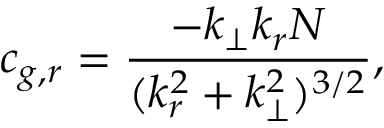
c _ { g , r } = \frac { - k _ { \perp } k _ { r } N } { ( k _ { r } ^ { 2 } + k _ { \perp } ^ { 2 } ) ^ { 3 / 2 } } ,